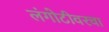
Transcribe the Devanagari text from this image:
लंगोटीवरचा